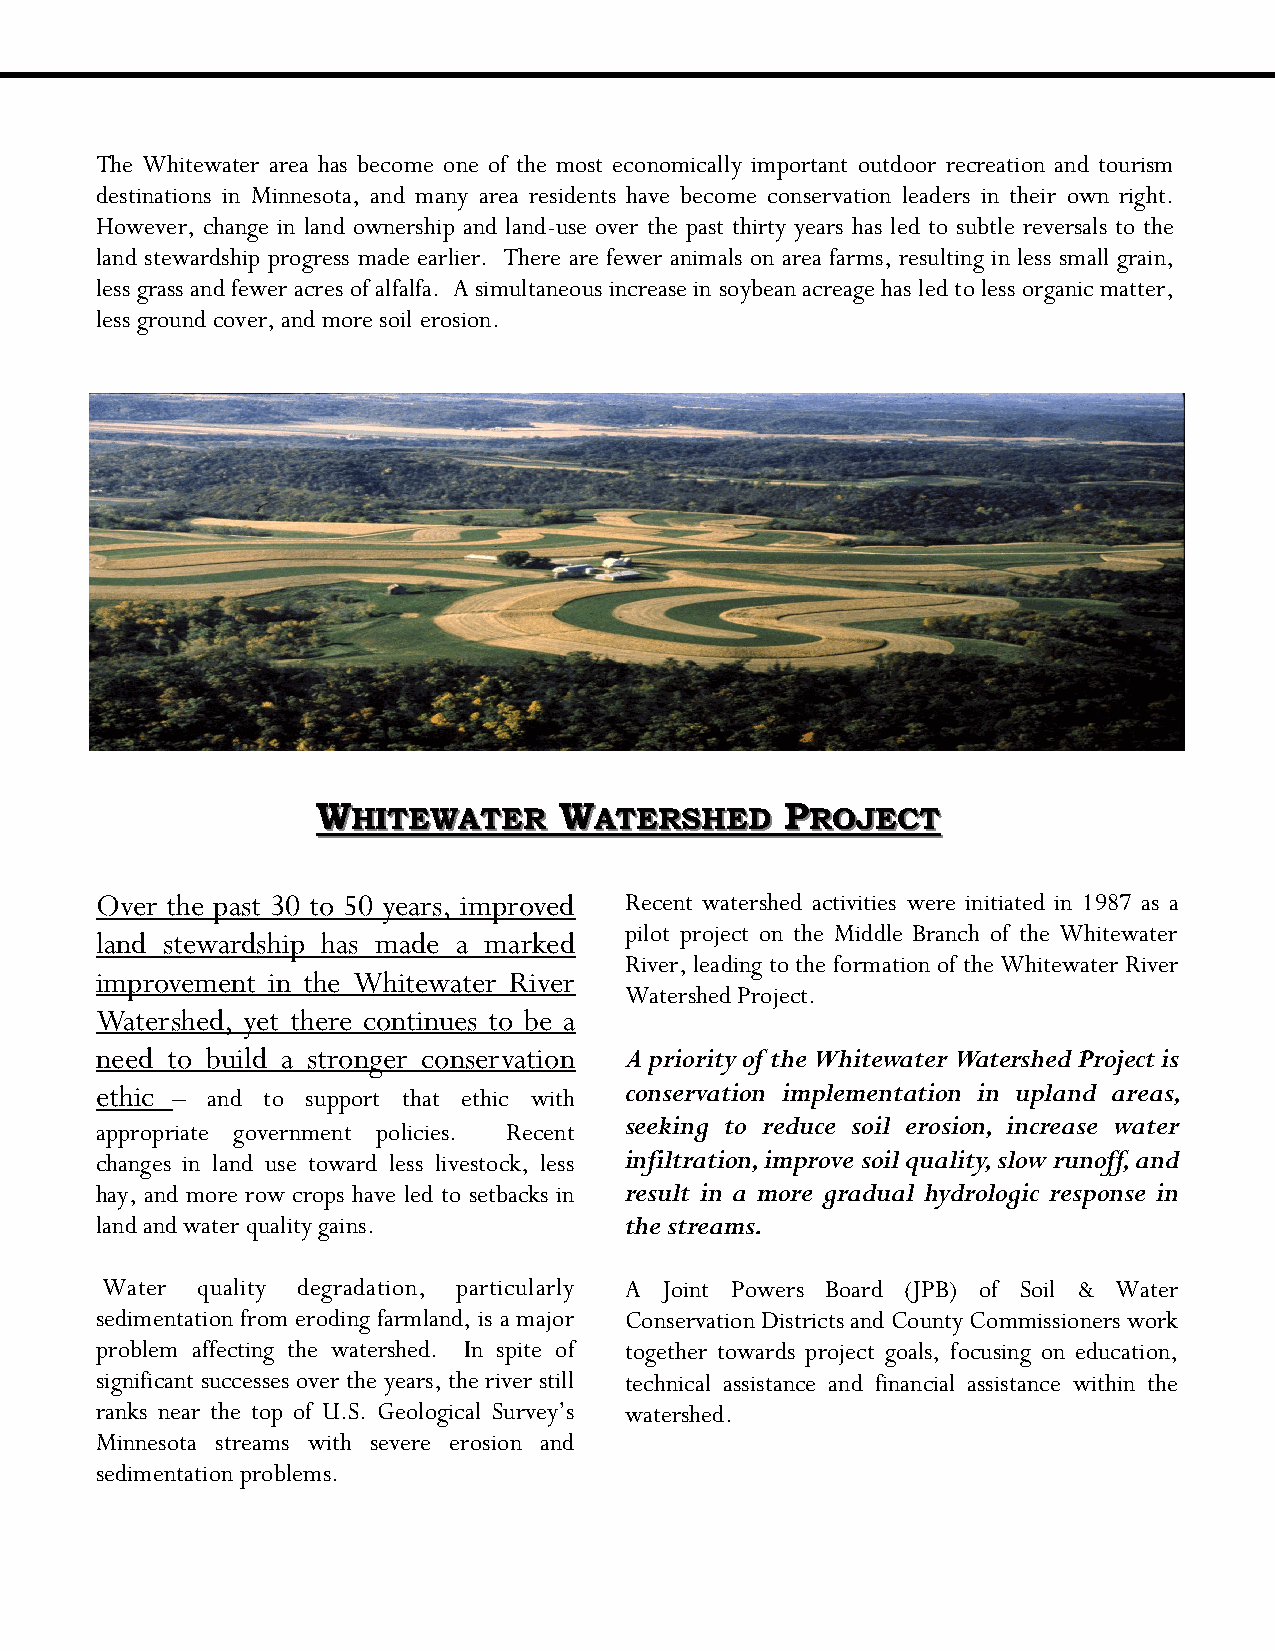
The Whitewater area has become one of the most economically important outdoor recreation and tourism
 destinations in Minnesota, and many area residents have become conservation leaders in their own right.
 However, change in land ownership and land-use over the past thirty years has led to subtle reversals to the
 land stewardship progress made earlier. There are fewer animals on area farms, resulting in less small grain,
 less grass and fewer acres of alfalfa. A simultaneous increase in soybean acreage has led to less organic matter,
 less ground cover, and more soil erosion.
 WWHHIITTEEWWAATTEERR WWAATTEERRSSHHEEDD PPRROOJJEECCTT
 Over the past 30 to 50 years, improved Recent watershed activities were initiated in 1987 as a
 pilot project on the Middle Branch of the Whitewater
 land stewardship has made a marked
 River, leading to the formation of the Whitewater River
 improvement in the Whitewater River
 Watershed Project.
 Watershed, yet there continues to be a
 need to build a stronger conservation A priority of the Whitewater Watershed Project is
 ethic – and to support that ethic with conservation implementation in upland areas,
 seeking to reduce soil erosion, increase water
 appropriate government policies. Recent
 changes in land use toward less livestock, less infiltration, improve soil quality, slow runoff, and
 hay, and more row crops have led to setbacks in result in a more gradual hydrologic response in
 land and water quality gains.      the streams.
 Water quality degradation, particularly A Joint Powers Board (JPB) of Soil & Water
 sedimentation from eroding farmland, is a major Conservation Districts and County Commissioners work
 problem affecting the watershed. In spite of together towards project goals, focusing on education,
 significant successes over the years, the river still technical assistance and financial assistance within the
 ranks near the top of U.S. Geological Survey’s watershed.
 Minnesota streams with severe erosion and
 sedimentation problems.